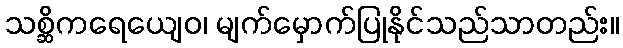
သစ္ဆိကရေယျေဝ၊ မျက်မှောက်ပြုနိုင်သည်သာတည်း။